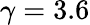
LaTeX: \gamma=3.6